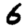
Digit: 6